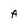
Character: A